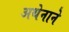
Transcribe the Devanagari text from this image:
अथेनाने